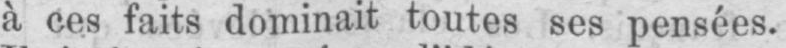
à ces faits dominait toutes ses pensées.